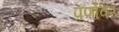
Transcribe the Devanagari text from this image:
पर्णावर